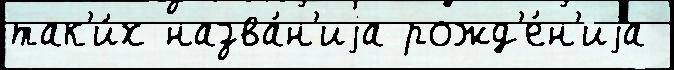
так'и́х назва́н'иjа рожд'е́н'иjа